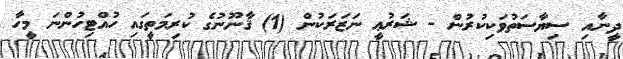
ދީނާއި ސިޔާސަތުވަކިކުރުން - ޝަރުޢީ ނަޒަރަކުން (1) ޤާނޫނުގެ ކުރިމަތީގައި ހުއްޓިހުންނަ މީހާ